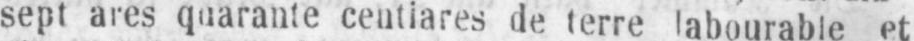
sept ares quarante centiares de terre labourable et